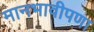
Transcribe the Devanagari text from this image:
मानभावीपणा